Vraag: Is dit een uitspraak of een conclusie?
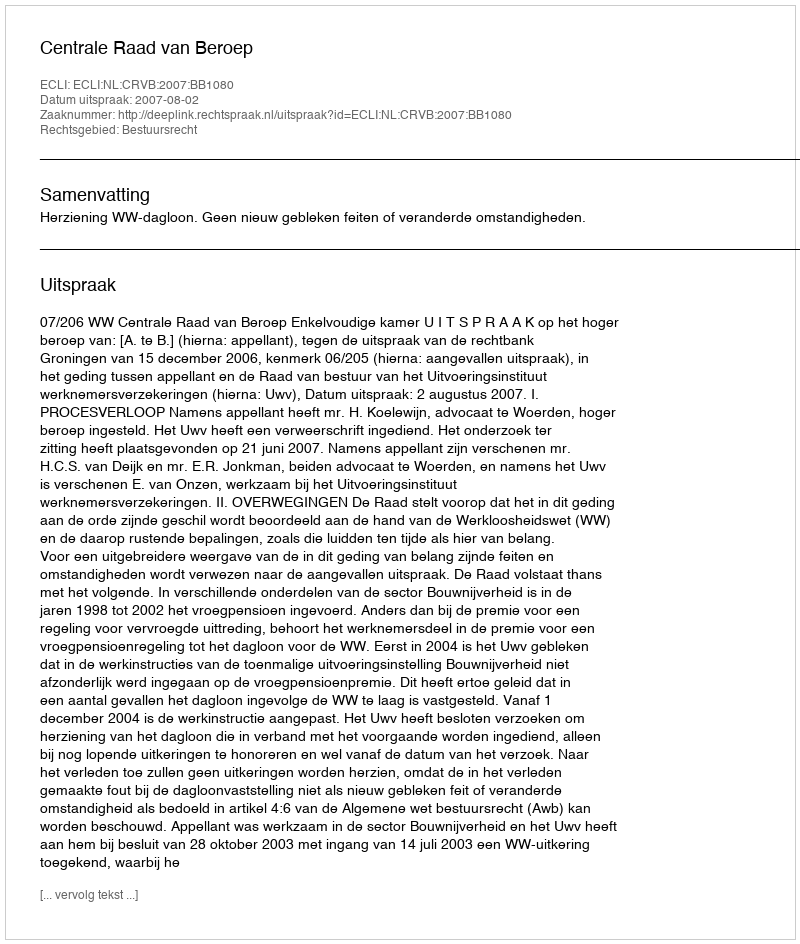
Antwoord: Uitspraak